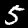
Digit: 5